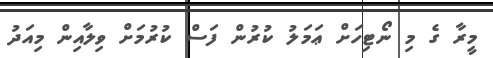
މީރާ ގެ މި ނޯޓިހަށް ޢަމަލު ކުރުން ފަސް ކުރުމަށް ވިލާއިން މިއަދު